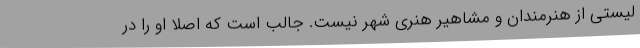
لیستی از هنرمندان و مشاهیر هنری شهر نیست. جالب است که اصلا او را در